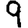
Digit: 9